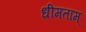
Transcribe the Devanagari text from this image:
धीमताम्